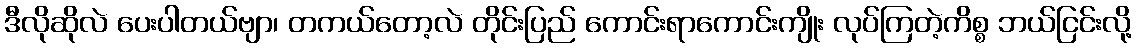
ဒီလိုဆိုလဲ ပေးပါတယ်ဗျာ၊ တကယ်တော့လဲ တိုင်းပြည် ကောင်းရာကောင်းကျိုး လုပ်ကြတဲ့ကိစ္စ ဘယ်ငြင်းလို့